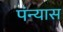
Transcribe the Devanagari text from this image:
पंन्यास